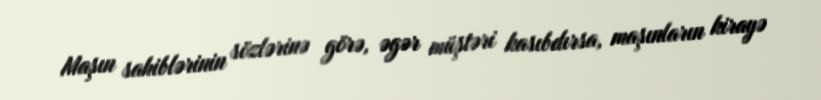
Maşın sahiblərinin sözlərinə görə, əgər müştəri kasıbdırsa, maşınların kirayə